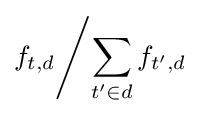
f_{t,d}{\Bigg /}{\sum _{t'\in d}{f_{t',d}}}